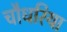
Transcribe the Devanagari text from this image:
चौधरिया